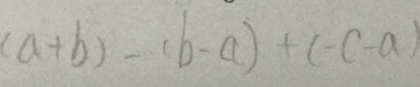
( a + b ) - ( b - a ) + ( - c - a )